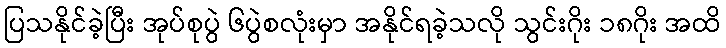
ပြသနိုင်ခဲ့ပြီး အုပ်စုပွဲ ၆ပွဲစလုံးမှာ အနိုင်ရခဲ့သလို သွင်းဂိုး ၁၈ဂိုး အထိ